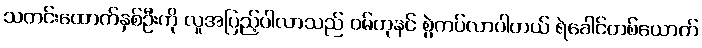
သတင်းထောက်နှစ်ဦးကို လူအပြည့်ပါလာသည် ဝမ်ဟုနင် စွဲကပ်လာပါတယ် ရဲခေါင်တစ်ယောက်